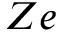
Z e